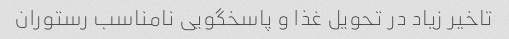
تاخیر زیاد در تحویل غذا و پاسخگویی نامناسب رستوران